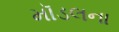
મૉડલના